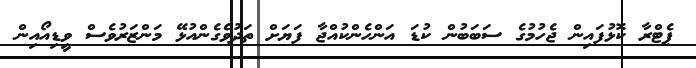
ޕެޓްރާ ކޮޅުފައިން ޖެހުމުގެ ސަބަބުން ކުޑަ އަންހެންކުއްޖާ ފަޔަށް ތަދުވެގެންއުޅޭ މަންޒަރުވެސް ވީޑިއޯއިން